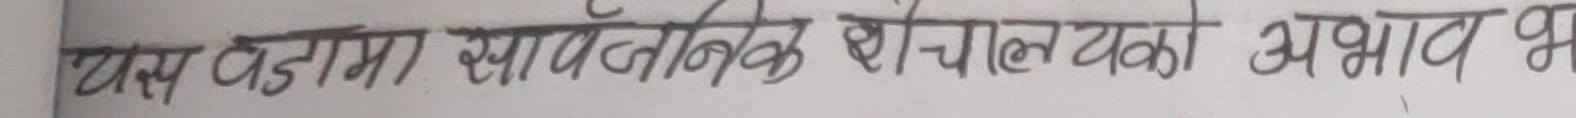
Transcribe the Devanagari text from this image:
यस वडामा साँर्वजनिक शौचालयको अभाव भय